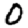
Digit: 0